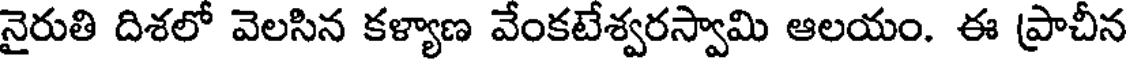
నైరుతి దిశలో వెలసిన కళ్యాణ వేంకటేశ్వరస్వామి ఆలయం. ఈ ప్రాచీన